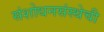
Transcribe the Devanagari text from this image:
संशोधनसंस्थेची